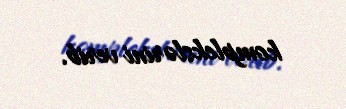
komplekslərini verib.